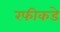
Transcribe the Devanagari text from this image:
रफीकडे